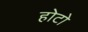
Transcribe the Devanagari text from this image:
होटो